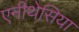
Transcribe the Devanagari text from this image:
एनीथेसिया